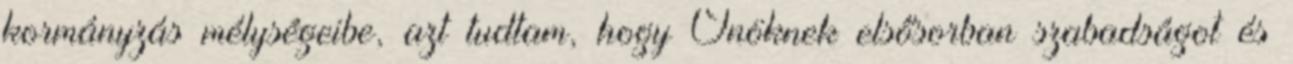
kormányzás mélységeibe, azt tudtam, hogy Önöknek elsősorban szabadságot és